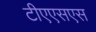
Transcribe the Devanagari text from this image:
टीएएसएस